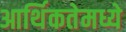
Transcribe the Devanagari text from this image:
आर्थिकतेमध्ये